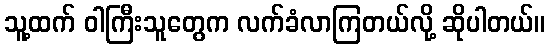
သူ့ထက် ဝါကြီးသူတွေက လက်ခံလာကြတယ်လို့ ဆိုပါတယ်။